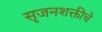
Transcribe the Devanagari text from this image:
सृजनशक्तीचे